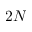
2 N